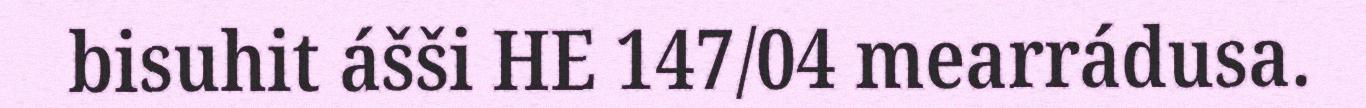
bisuhit ášši HE 147/04 mearrádusa.